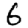
Digit: 6